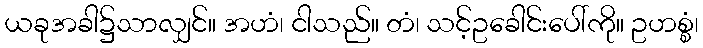
ယခုအခါ၌သာလျှင်။ အဟံ၊ ငါသည်။ တံ၊ သင့်ဥခေါင်းပေါ်ကို။ ဥဟစ္စံ၊